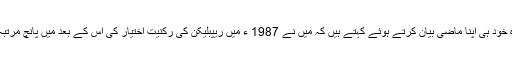
ڈولڈ ٹرمپ کتنا مستقل مزاج شخص ہے وہ خود ہی اپنا ماضی بیان کرتے ہوئے کہتے ہیں کہ میں نے 1987 ء میں ریپبلیکن کی رکنیت اختیار کی اس کے بعد میں پانچ مرتبہ اپنے مفادات کے لیے وفاداریاں بدلتا رہا۔